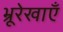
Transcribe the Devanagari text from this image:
भ्रूरेखाएँ